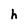
Character: h